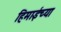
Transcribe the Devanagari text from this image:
हिमाईच्या